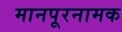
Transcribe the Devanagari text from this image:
मानपूरनामक